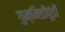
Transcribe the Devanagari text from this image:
गुम्मिडीपूंडी